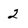
Character: 2